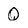
Character: Q